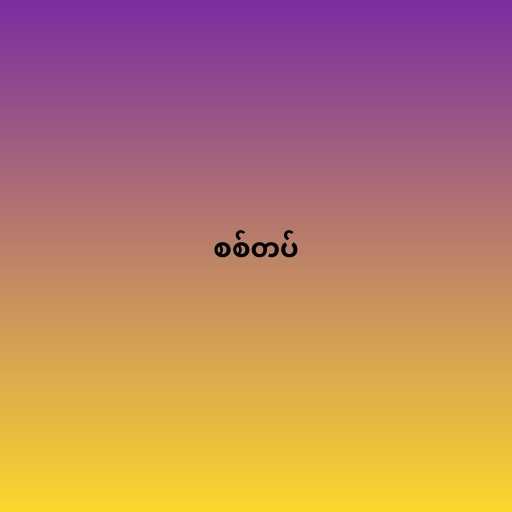
စစ်တပ်